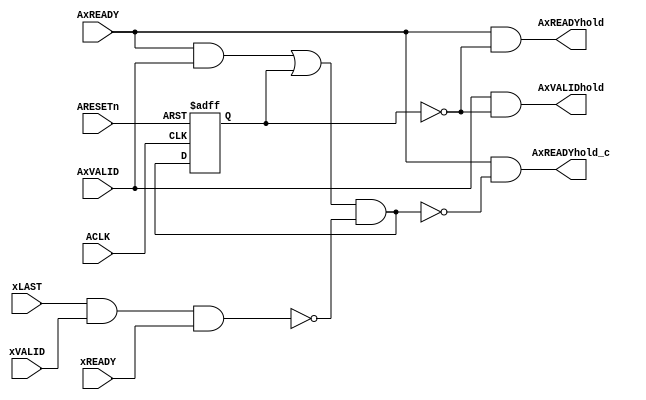
module IntMemReqHold
  (
   // outputs
   AxVALIDhold,
   AxREADYhold,
   AxREADYhold_c,
   
   // inputs
   ACLK,
   ARESETn,
   AxVALID,
   AxREADY,
   xREADY,
   xVALID,
   xLAST
   );

//------------------------------------------------------------------------------
// Port declarations
//------------------------------------------------------------------------------

  // Global inputs
  input	 ACLK;
  input	 ARESETn;

   // outputs
  output AxVALIDhold;   // AxREADY to slave
  output AxREADYhold;   // AxREADY to master
  output AxREADYhold_c; // AxREADY_c to master
  
   // inputs
  input	 AxVALID;       // AxVALID from slave
  input	 AxREADY;       // AxREADY from slave
  input	 xREADY;        // xREADY associated with the response channel
  input	 xVALID;        // xVALID associated with the response channel
  input	 xLAST;         // xLAST  last response or tied to 1'b1 for use
                        // with Write Channel

//------------------------------------------------------------------------------
// Signal declarations
//------------------------------------------------------------------------------
  wire	      wait_for_resp_in;
  reg	        wait_for_resp;

//==============================================================================
//                           Main body of code
//==============================================================================
  assign AxVALIDhold = AxVALID & ~wait_for_resp;
  assign AxREADYhold = AxREADY & ~wait_for_resp;
  
  assign AxREADYhold_c = AxREADY & ~wait_for_resp_in;

  assign        wait_for_resp_in = ((AxREADY & AxVALID) | wait_for_resp) & // set + hold
				      ~(xLAST & xVALID & xREADY); // reset

  always @(posedge ACLK or negedge ARESETn)
    begin
      if (!ARESETn)
	begin
	  wait_for_resp <=   1'b0;
	end
      else
	begin
	  wait_for_resp <=   wait_for_resp_in;
	end
    end

endmodule